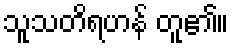
သူသတိရဟန် တူ၏။